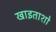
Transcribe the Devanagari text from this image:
खाइताशो